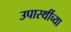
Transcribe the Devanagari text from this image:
उपास्थींच्या